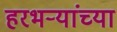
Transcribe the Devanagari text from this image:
हरभऱ्यांच्या